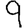
Digit: 9